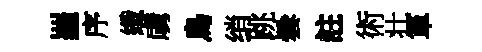
羅序纖虜鳥绡跳曇註術壮箪